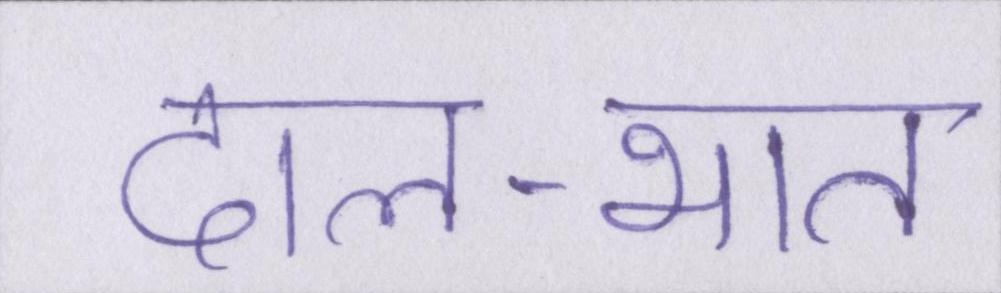
दाल-भात